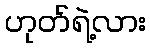
ဟုတ်ရဲ့လား